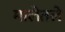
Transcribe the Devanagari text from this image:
मालेतले